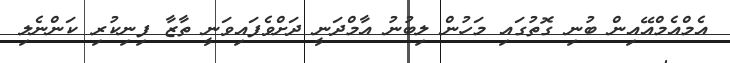
އެމްއެމްއޭއިން ބުނި ގޮތުގައި މަހުން ލިބުނު އާމްދަނީ ދަށްވެފައިވަނީ ތާޒާ ފިނިކުރި ކަންނެލި